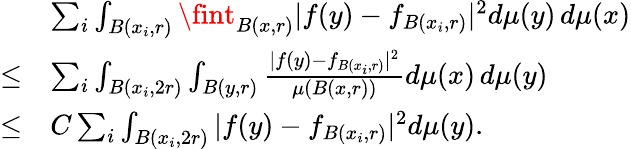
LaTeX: \begin{array}{rl}&{\sum_{i}\int_{B(x_{i},r)}\fint_{B(x,r)}|f(y)-f_{B(x_{i},r)}|^{2}d\mu(y)\, d\mu(x)}\\ {\le}&{\sum_{i}\int_{B(x_{i},2r)}\int_{B(y,r)}\frac{|f(y)-f_{B(x_{i},r)}|^{2}}{\mu(B(x,r))}d\mu(x)\, d\mu(y)}\\ {\le}&{C\sum_{i}\int_{B(x_{i},2r)}|f(y)-f_{B(x_{i},r)}|^{2}d\mu(y).}\end{array}